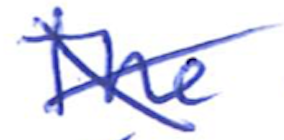
Text: The
Cross-out: cross
Writing tool: ballpoint